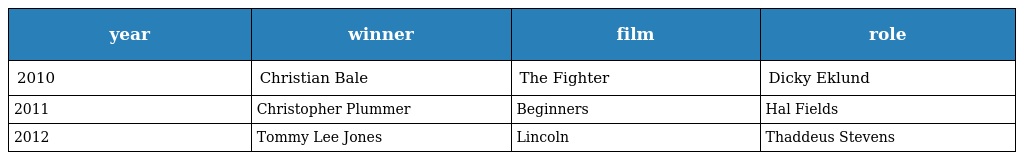
| year | winner | film | role |
 | --- | --- | --- | --- |
 | 2010 | Christian Bale | The Fighter | Dicky Eklund |
 | 2011 | Christopher Plummer | Beginners | Hal Fields |
 | 2012 | Tommy Lee Jones | Lincoln | Thaddeus Stevens |